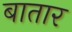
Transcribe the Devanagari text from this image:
बातार